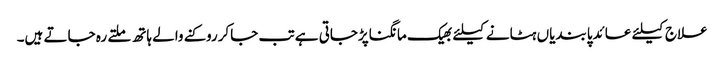
علاج کیلئے عائدپابندیاں ہٹانے کیلئے بھیک مانگناپڑجاتی ہے تب جاکرروکنے والے ہاتھ ملتے رہ جاتے ہیں۔